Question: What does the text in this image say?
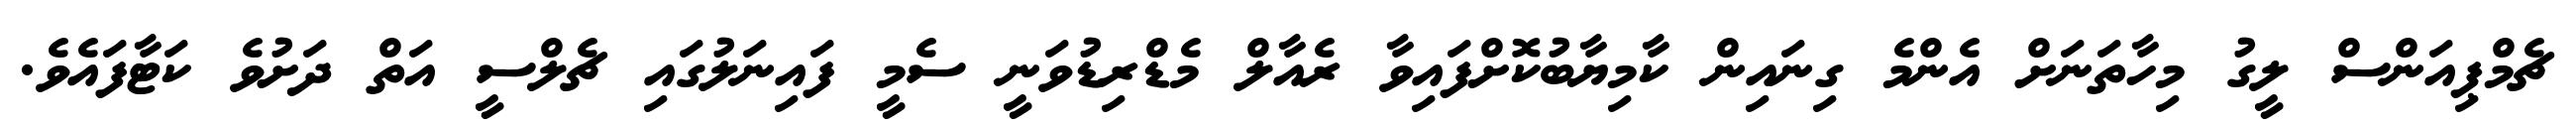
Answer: ޗެމްޕިއަންސް ލީގު މިހާތަނަށް އެންމެ ގިނައިން ކާމިޔާބުކޮށްފައިވާ ރެއާލް މެޑްރިޑުވަނީ ސެމީ ފައިނަލުގައި ޗެލްސީ އަތް ދަށުވެ ކަޓާފައެވެ.